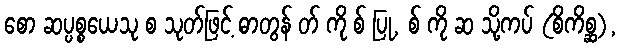
စော ဆပ္ပစ္စယေသု စ သုတ်ဖြင့် ဓာတွန် တ် ကို စ် ပြု, စ် ကို ဆ သို့ကပ် (စိကိစ္ဆ),